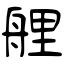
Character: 艃